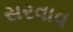
સરવાવ